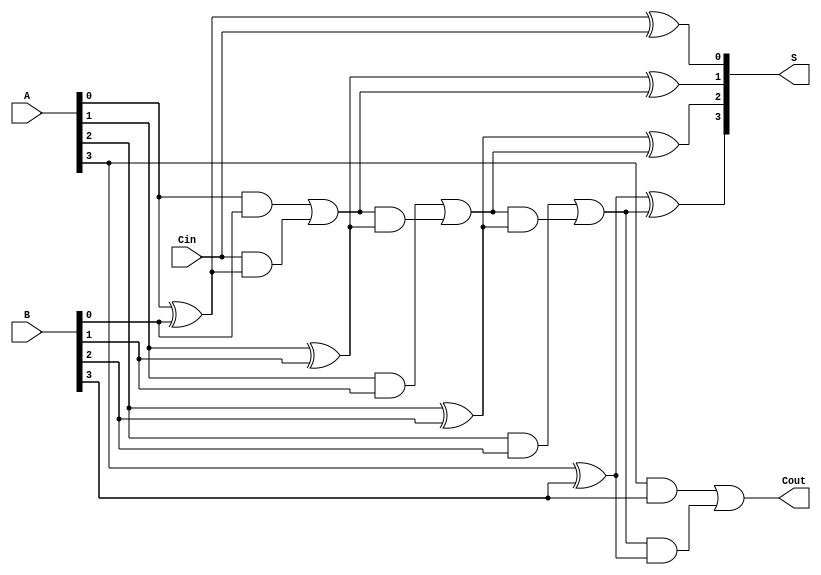
module ParallelFullAdder (
    input  [3:0] A,      // 4-bit input A
    input  [3:0] B,      // 4-bit input B
    input        Cin,     // Carry-in for the least significant bit
    output [3:0] S,      // 4-bit sum output
    output       Cout     // Carry-out output
);

    wire [3:0] carry; // Internal carry wires

    // Full Adder for bit 0
    assign S[0] = A[0] ^ B[0] ^ Cin;
    assign carry[0] = (A[0] & B[0]) | (Cin & (A[0] ^ B[0]));

    // Full Adder for bit 1
    assign S[1] = A[1] ^ B[1] ^ carry[0];
    assign carry[1] = (A[1] & B[1]) | (carry[0] & (A[1] ^ B[1]));

    // Full Adder for bit 2
    assign S[2] = A[2] ^ B[2] ^ carry[1];
    assign carry[2] = (A[2] & B[2]) | (carry[1] & (A[2] ^ B[2]));

    // Full Adder for bit 3
    assign S[3] = A[3] ^ B[3] ^ carry[2];
    assign Cout = (A[3] & B[3]) | (carry[2] & (A[3] ^ B[3]));

endmodule